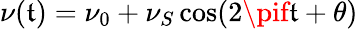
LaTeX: \nu(\mathfrak{t})=\nu_{0}+\nu_{S}\cos(2\pif\mathfrak{t}+\theta)